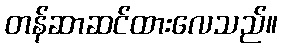
တန်ဆာဆင်ထားလေသည်။